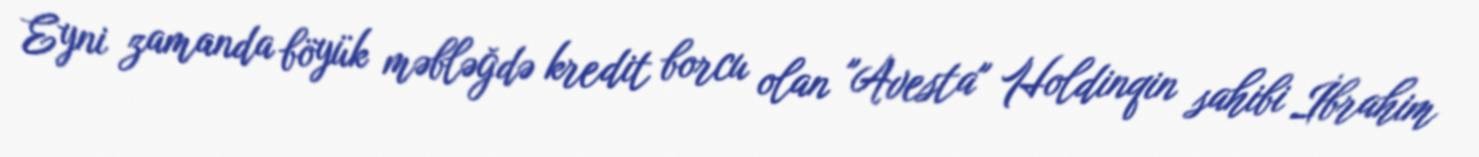
Eyni zamanda böyük məbləğdə kredit borcu olan "Avesta" Holdinqin sahibi İbrahim